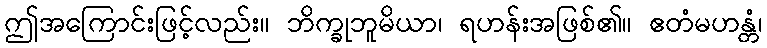
ဤအကြောင်းဖြင့်လည်း။ ဘိက္ခုဘူမိယာ၊ ရဟန်းအဖြစ်၏။ ဧတံမဟန္တံ၊